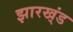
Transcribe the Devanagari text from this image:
झारख्ंड